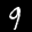
Label: 9